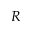
R